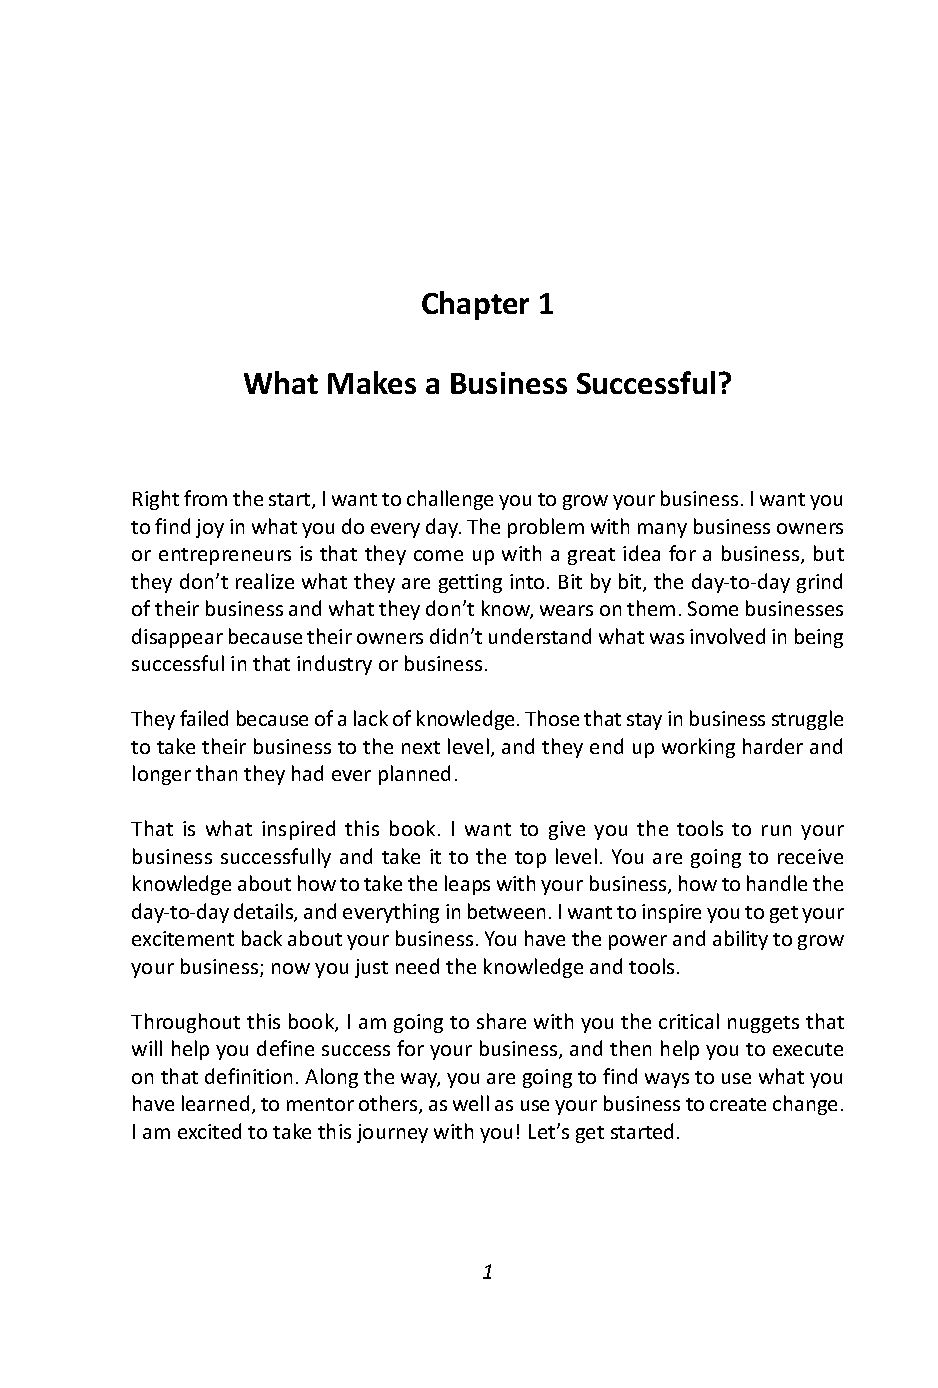
Chapter 1
 What  Makes a Business Successful?
 Right from the start, I want to challenge you to grow your business. I want you
 to find joy in what you do every day. The problem with many business owners
 or entrepreneurs is that they come up with a great idea for a business, but
 they don’t realize what they are getting into. Bit by bit, the day-to-day grind
 of their business and what they don’t know, wears on them. Some businesses
 disappear because their owners didn’t understand what was involved in being
 successful in that industry or business.
 They failed because of a lack of knowledge. Those that stay in business struggle
 to take their business to the next level, and they end up working harder and
 longer than they had ever planned.
 That is what inspired this book. I want to give you the tools to run your
 business successfully and take it to the top level. You are going to receive
 knowledge about how to take the leaps with your business, how to handle the
 day-to-day details, and everything in between. I want to inspire you to get your
 excitement back about your business. You have the power and ability to grow
 your business; now you just need the knowledge and tools.
 Throughout this book, I am going to share with you the critical nuggets that
 will help you define success for your business, and then help you to execute
 on that definition. Along the way, you are going to find ways to use what you
 have learned, to mentor others, as well as use your business to create change.
 I am excited to take this journey with you! Let’s get started.
 1